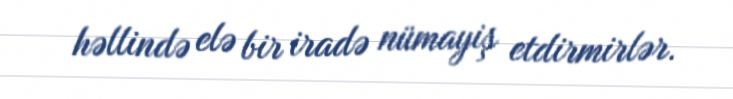
həllində elə bir iradə nümayiş etdirmirlər.